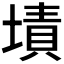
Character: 𰊜